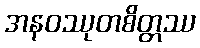
အနဝဿုတစိတ္တဿ